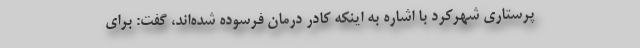
پرستاری شهرکرد با اشاره به اینکه کادر درمان فرسوده شده‌اند، گفت: برای